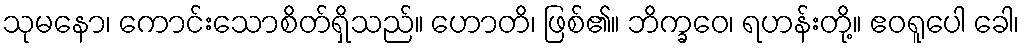
သုမနော၊ ကောင်းသောစိတ်ရှိသည်။ ဟောတိ၊ ဖြစ်၏။ ဘိက္ခဝေ၊ ရဟန်းတို့။ ဧဝရူပေါ ခေါ၊